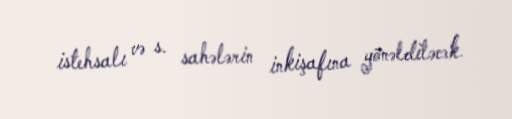
istehsalı və s. sahələrin inkişafına yönəldiləcək.